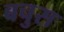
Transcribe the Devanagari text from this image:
बचुस